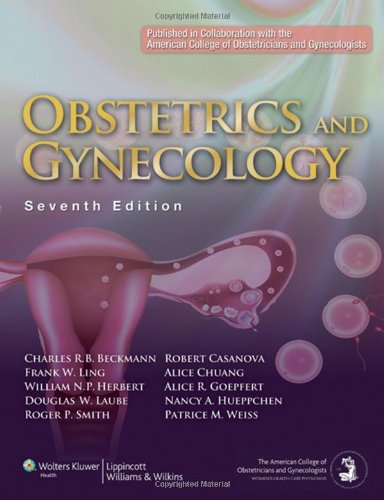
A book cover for Obstetrics and Gynecology; Charles R. B. Beckmann MD  MHPE; Test Preparation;